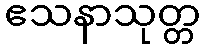
ဧသနာသုတ္တ